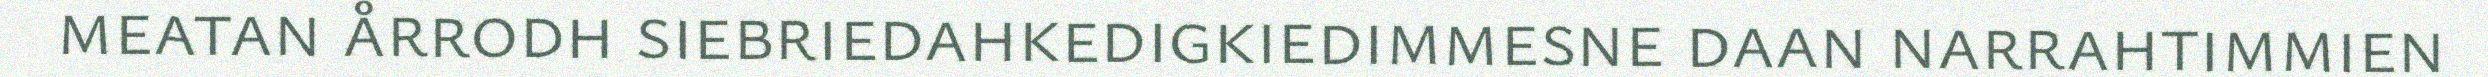
meatan årrodh siebriedahkedigkiedimmesne daan narrahtimmien